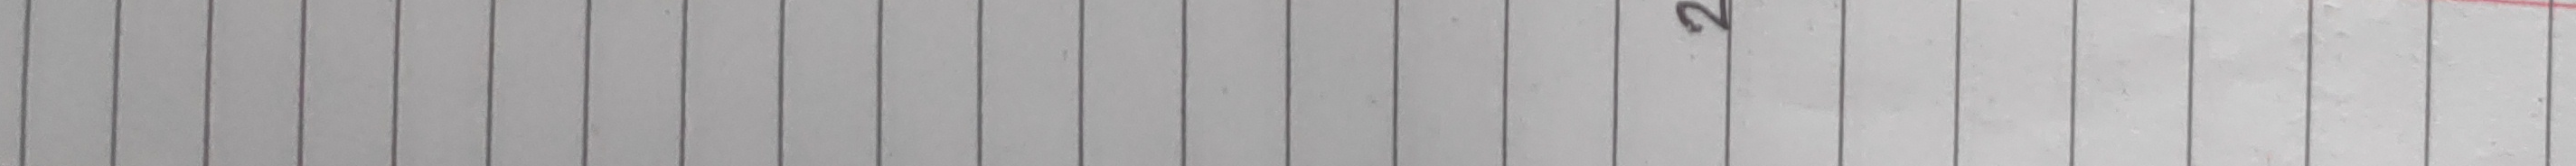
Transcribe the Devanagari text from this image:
२